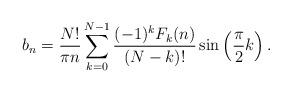
LaTeX: \begin{align*}b_n=\frac{N!}{\pi n}\sum_{k=0}^{N-1}\frac{(-1)^kF_k(n)}{(N-k)!}\sin\left(\frac{\pi}{2}k\right).\end{align*}